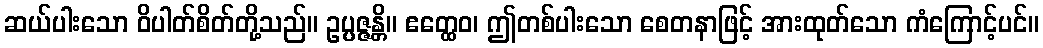
ဆယ်ပါးသော ဝိပါတ်စိတ်တို့သည်။ ဥပ္ပဇ္ဇန္တိ။ ဧတ္ထေဝ၊ ဤတစ်ပါးသော စေတနာဖြင့် အားထုတ်သော ကံကြောင့်ပင်။